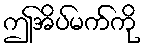
ဤအိပ်မက်ကို